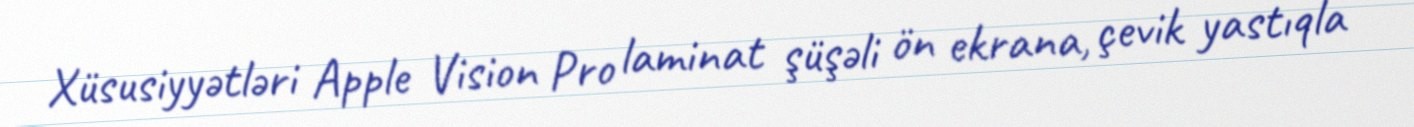
Xüsusiyyətləri Apple Vision Pro laminat şüşəli ön ekrana, çevik yastıqla